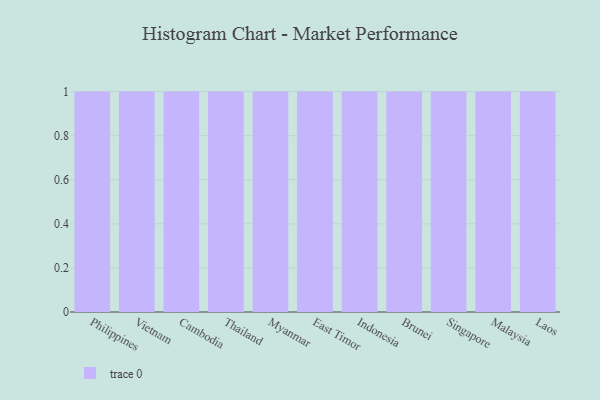
{"axis": {"x": "Country", "y": "LTV (USD)"}, "legend": [""], "data": [{"x": "Philippines", "y": 15, "type": ""}, {"x": "Vietnam", "y": 70, "type": ""}, {"x": "Cambodia", "y": 53, "type": ""}, {"x": "Thailand", "y": 72, "type": ""}, {"x": "Myanmar", "y": 70, "type": ""}, {"x": "East Timor", "y": 70, "type": ""}, {"x": "Indonesia", "y": 80, "type": ""}, {"x": "Brunei", "y": 47, "type": ""}, {"x": "Singapore", "y": 72, "type": ""}, {"x": "Malaysia", "y": 90, "type": ""}, {"x": "Laos", "y": 72, "type": ""}]}